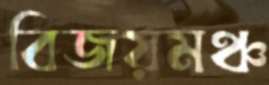
বিজয়মঞ্চ